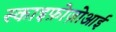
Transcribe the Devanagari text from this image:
स्काइफ़ोज़ोआई